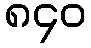
၈၄၀